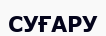
СУҒАРУ